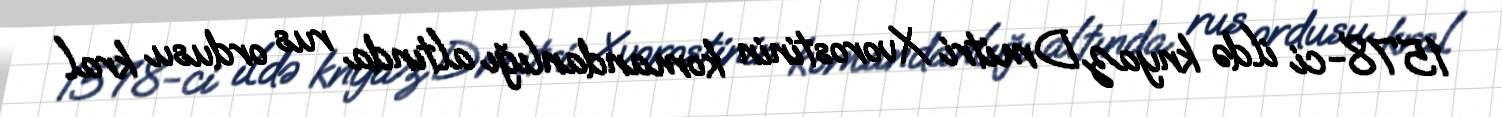
1578-ci ildə knyaz Dmitri Xvorostinin komandanlığı altında rus ordusu kral